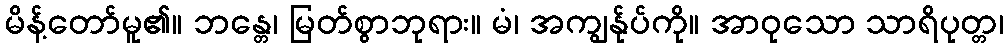
မိန့်တော်မူ၏။ ဘန္တေ၊ မြတ်စွာဘုရား။ မံ၊ အကျွန်ုပ်ကို။ အာဝုသော သာရိပုတ္တ၊